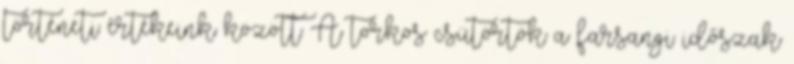
történeti értékeink között A torkos csütörtök a farsangi időszak